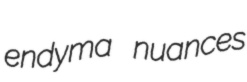
endyma nuances